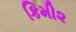
કિમી૨